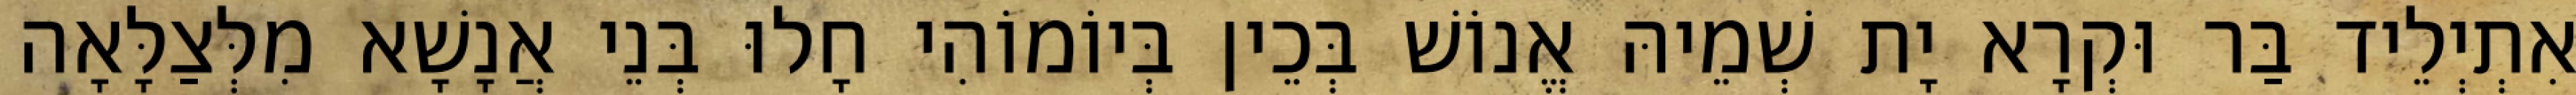
אִתְיְלֵיד בַּר וּקְרָא יָת שְׁמֵיהּ אֱנוֹשׁ בְּכֵין בְּיוֹמוֹהִי חָלוּ בְּנֵי אֲנָשָׁא מִלְּצַלָּאָה